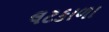
લટકાળા